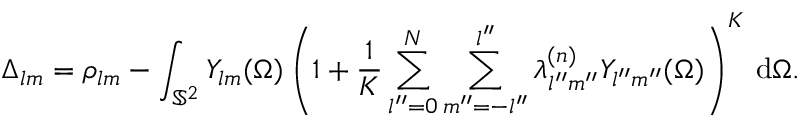
\Delta _ { l m } = \rho _ { l m } - \int _ { \mathbb { S } ^ { 2 } } Y _ { l m } ( \Omega ) \left( 1 + \frac { 1 } { K } \sum _ { l ^ { \prime \prime } = 0 } ^ { N } \sum _ { m ^ { \prime \prime } = - l ^ { \prime \prime } } ^ { l ^ { \prime \prime } } \lambda _ { l ^ { \prime \prime } m ^ { \prime \prime } } ^ { ( n ) } Y _ { l ^ { \prime \prime } m ^ { \prime \prime } } ( \Omega ) \right) ^ { K } \, \mathrm { d } \Omega .